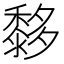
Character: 𪐀